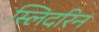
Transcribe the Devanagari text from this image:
स्लिदरिन